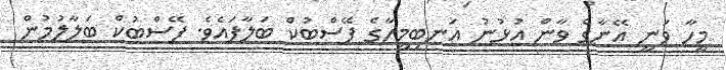
މީހާ ވަނީ އޭނާގެ ވާން އުޅުނު އަނބިމީހާގެ ފޭސްބުކް ބަލާފައެވެ. ފޭސްބުކް ބަލާލުމުން